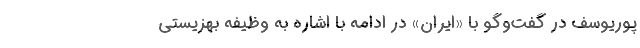
پوریوسف در گفت‌و‌گو با «ایران» در ادامه با اشاره به وظیفه بهزیستی